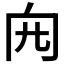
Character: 𠕍